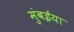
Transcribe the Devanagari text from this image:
मुंबईया